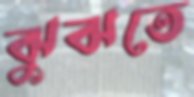
ঝুঝতে